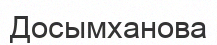
Досымханова